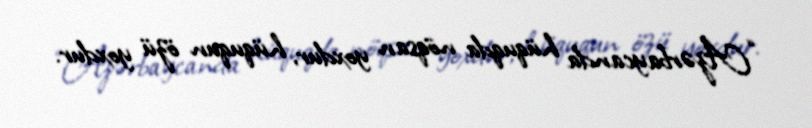
“Azərbaycanda hüquqda nöqsan yoxdur, hüququn özü yoxdur.